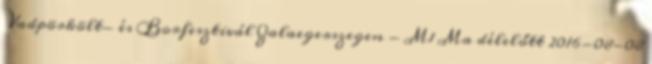
Vadpörkölt- és Borfesztivál Zalaegerszegen - M1 Ma délelőtt 2016-08-08